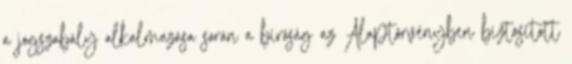
a jogszabály alkalmazása során a bíróság az Alaptörvényben biztosított